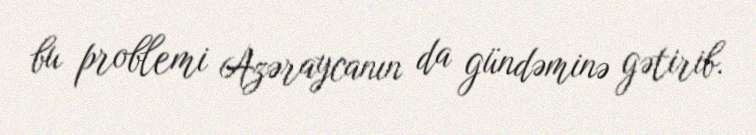
bu problemi Azəraycanın da gündəminə gətirib.